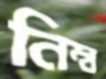
নিম্ব